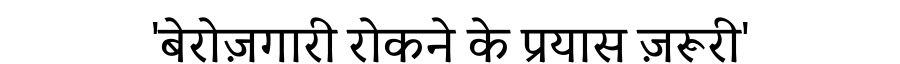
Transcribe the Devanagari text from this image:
'बेरोज़गारी रोकने के प्रयास ज़रूरी'